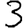
Digit: 3